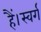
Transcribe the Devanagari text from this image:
हैं।स्वर्ग